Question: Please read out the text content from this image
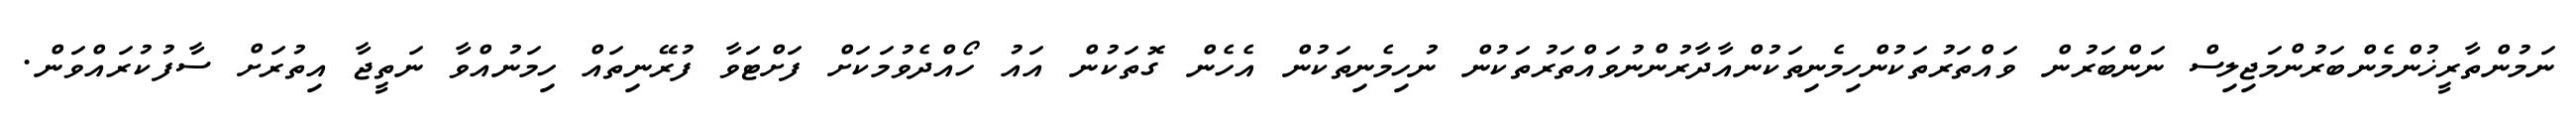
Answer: ނަމުންތާރީޚުންމެންބަރުންމަޖިލިސް ނަންބަރުން ވައްތަރުތަކުންހިމެނިތަކުންއާދާރުންނުވައްތަރުތަކުން ނުހިމެނިތަކުން އެހެން ގޮތަކުން އައު ހޯއްދެވުމަކަށް ފަށްޓަވާ ފުރޭނިތައް ހިމަނުއްވާ ނަތީޖާ އިތުރަށް ސާފުކުރައްވަން.